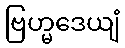
ဗြဟ္မဒေယျံ